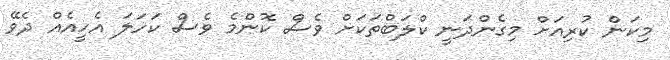
މިކަން ކުރިއަށް މިގެންދަނީ ކްލަބްތަކަށް ވެސް ކޮންމެ ވެސް ކަހަލަ އެހީއެއް ދެވޭ